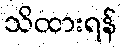
သိထားရန်